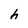
Character: h